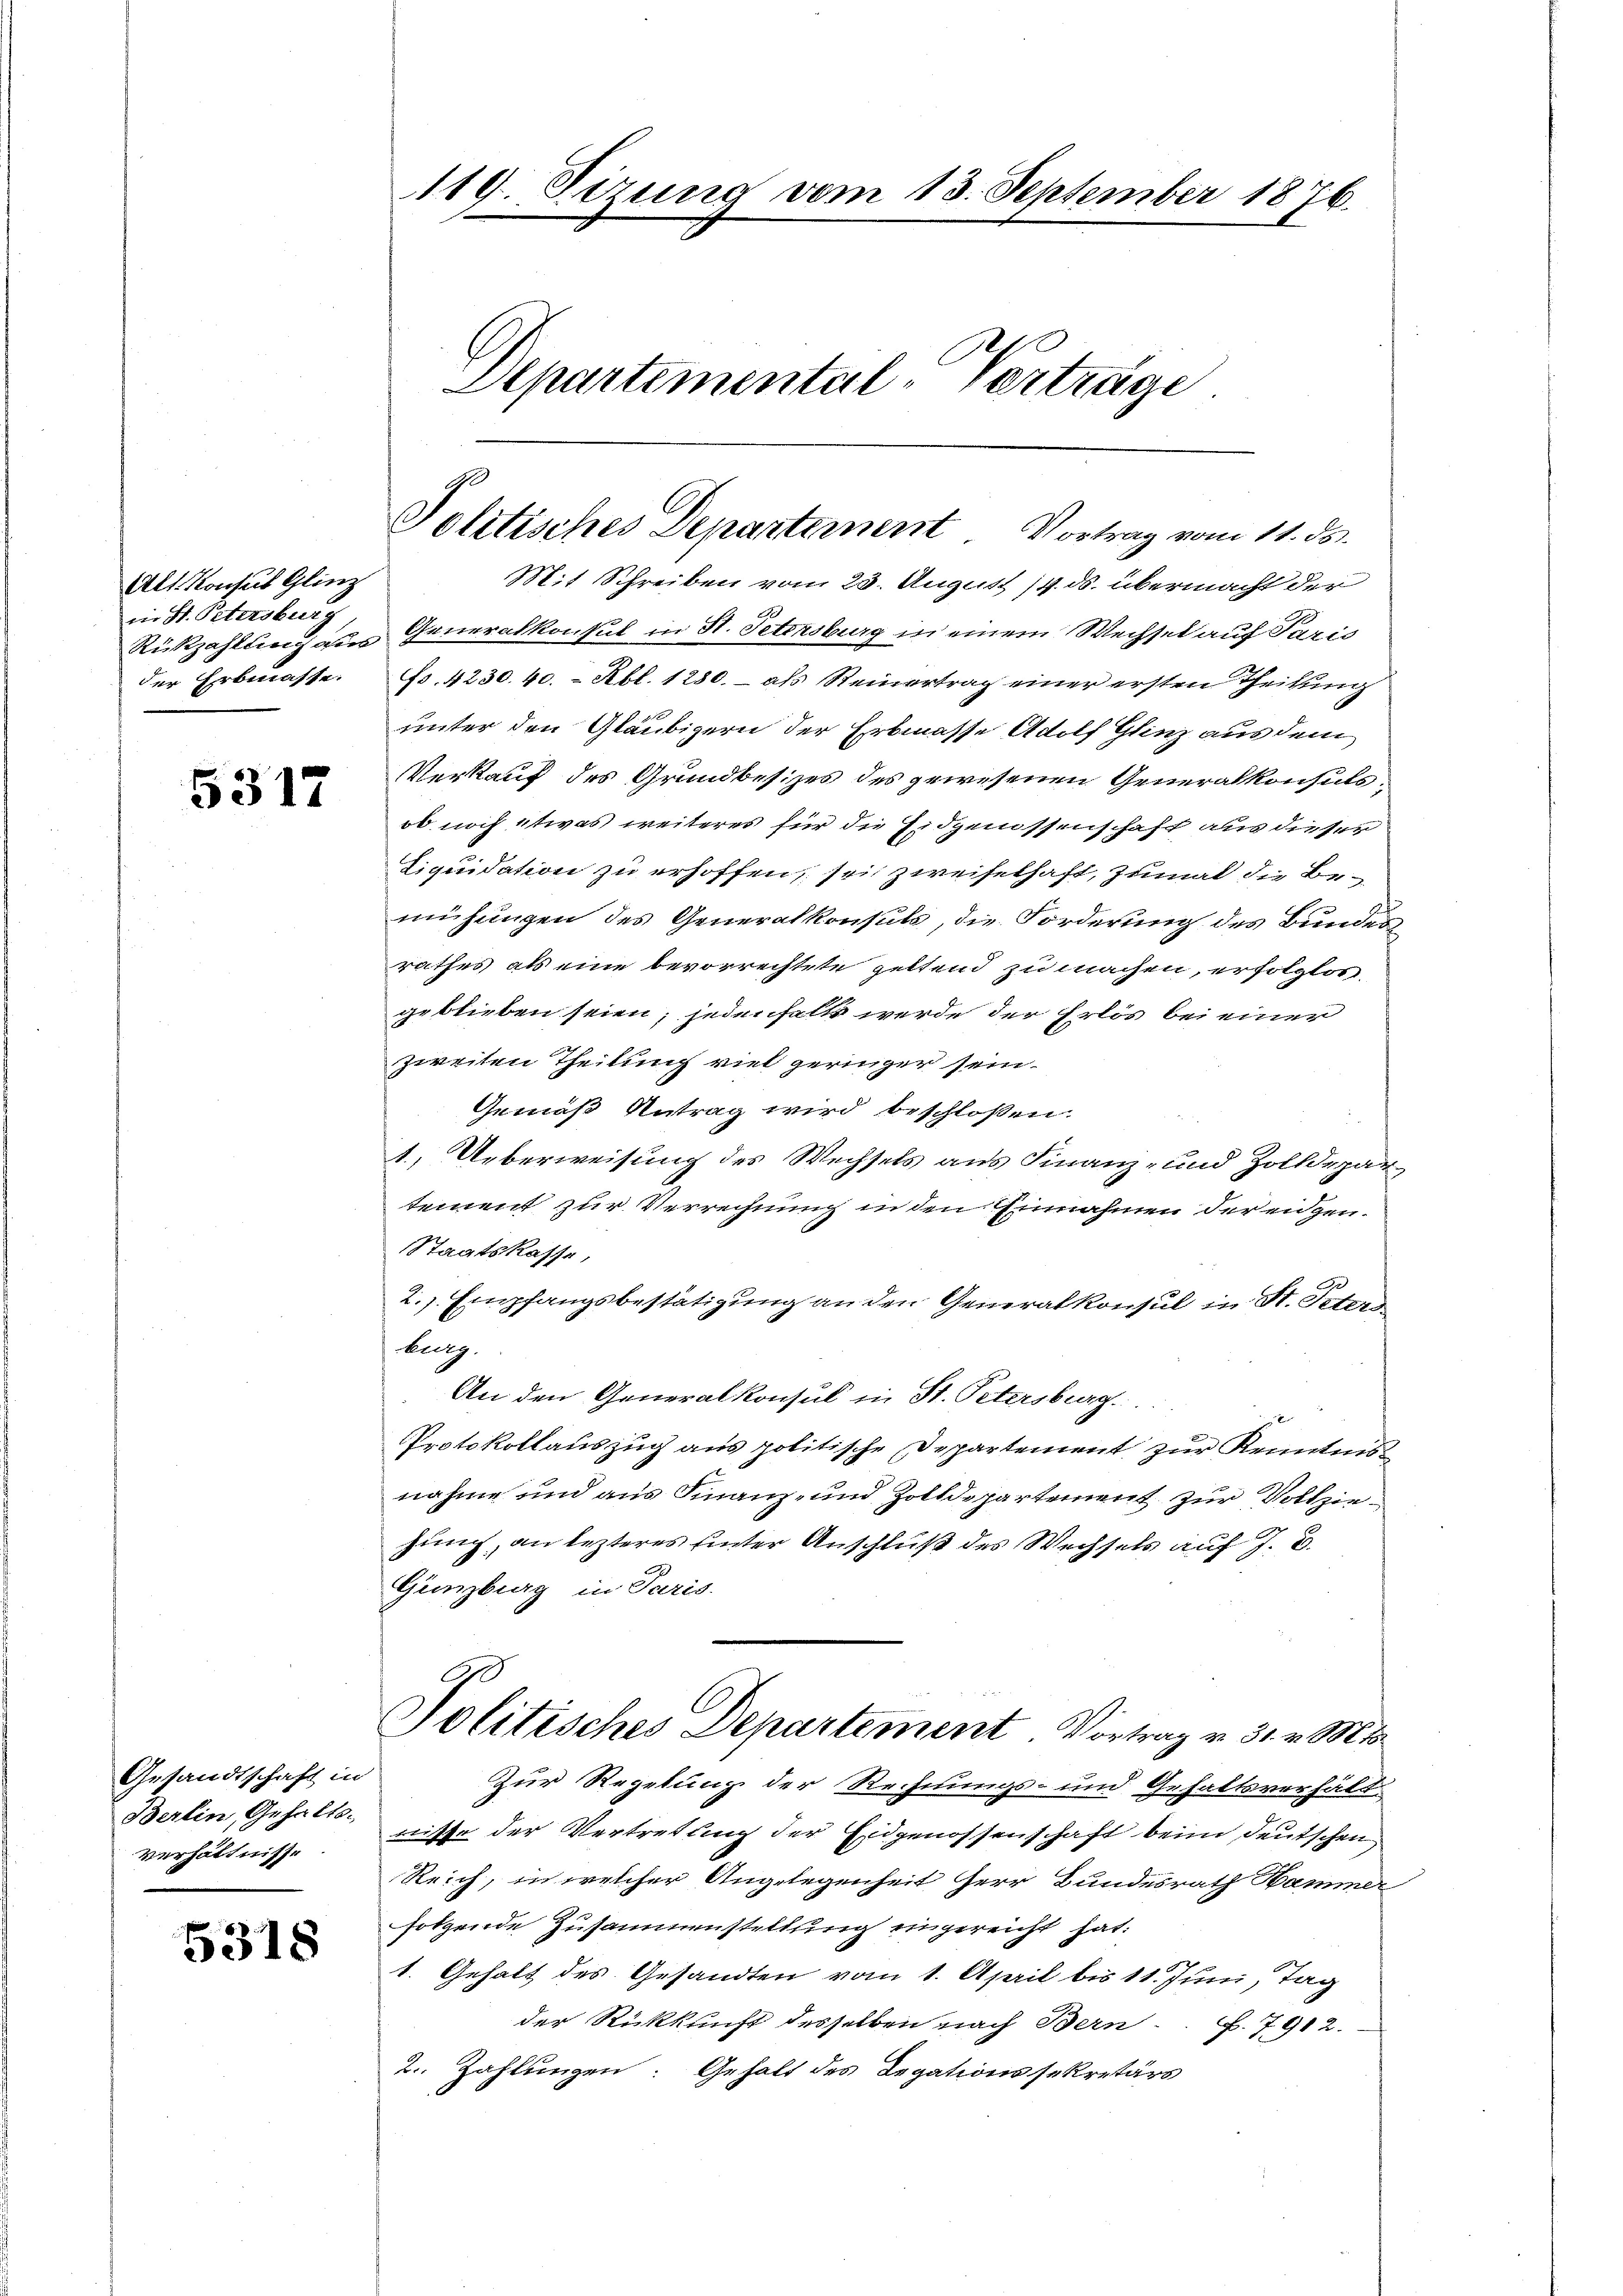
Alt. Konsus Glinz
in St. Petersburg
der Erbmasse.

5317

Gesandtschaft in
Berlin, Gehalts-
Verhältnisse

5318

119. Sizung vom 13. September 1876.

h
Departemental-Verträge

Politisches Departement Vortrag vom 11. ds.

Mit Schreiben vom 23. August 14. ds. übermacht der
Rükzahlung aus Generalkonsul in St. Petersburg in einem Wechsel auf Paris
Fr. 4230. 40. - Rbl. 1280. – als Steinertrag einer ersten Theilung
unter den Gläubigern der Erbmasse Adolf Glinz aus dem
Verkauf des Grundbesizes des gewesenen Generalkonsuls
ob noch etwas weiteres für die Eidgenossenschaft aus dieser
Liquidation zu erhoffen, sei zweifelhaft, zumal die Bemühungen des Generalkonsuls, die Forderung des Bundesrathes als eine bevorrechtete geltend zu machen, erfolgtos,
geblieben seien; jedenfall werde der Erlös bei einer
zweiten Theilung viel geringer sein.
Gemäß Antrag wird beschloßen:
1. Ueberweisung des Wechsels aus Finanz- und Zolldepartement zur Verrechnung in den Einnahmen der eidgen.
Staatskasse,
2. Empfangsbestätigung an den Generalkonsul in St. Peters
burg.
An den Generalkonsul in St. Petersburg.
Protokollauszug aus politische Departement zur Kenntnis
nahme und aus Finanz- und Zolldepartement zur Vollziehung, an lezteres unter Anschluß des Wechsels auf 7. B.
Gänzburg in Paris.
Politisches Departement. Vortrag v. 31. v. Mts.
Zur Regelung der Rechnungs- und Gehaltsverhält-
nisse der Vertretung der Eidgenossenschaft beim deutschen
Reich, in welcher Angelegenheit Herr Bundesrath Hammer
folgende Zusammenstellung eingereicht hat.
1. Gehalt des Gesandten vom 1. April bis 11. Juni, Tag
der Rückkunft desselben nach Bern . . 7912.
2. Zahlungen: Gehalt des Legationssekretärs